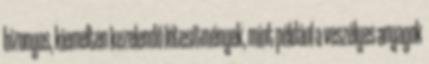
bizonyos, kiemelten kezelendő létesítmények, mint például a veszélyes anyagok